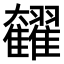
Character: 𩁭